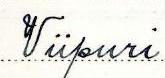
Viipuri